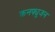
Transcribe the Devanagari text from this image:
कनफ्यूजन